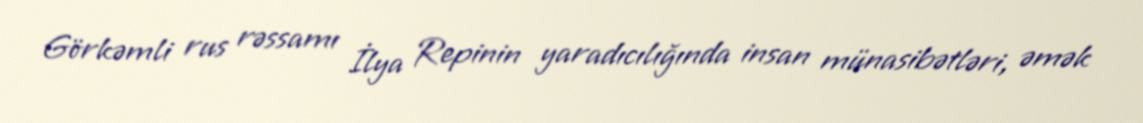
Görkəmli rus rəssamı İlya Repinin yaradıcılığında insan münasibətləri, əmək